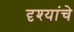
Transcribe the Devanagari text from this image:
दृश्यांचे